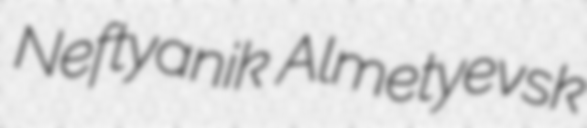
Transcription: Neftyanik Almetyevsk